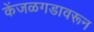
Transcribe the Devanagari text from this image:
केंजळगडावरून